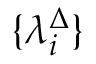
\{ \lambda _ { i } ^ { \Delta } \}